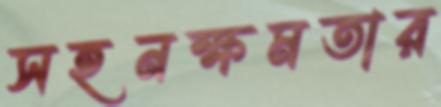
সহনক্ষমতার